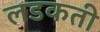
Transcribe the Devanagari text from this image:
लडकती